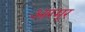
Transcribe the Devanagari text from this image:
आरमूर